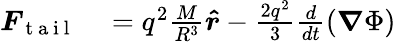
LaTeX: \begin{array}{rl}{\boldsymbol{F}_{\mathrm{~t~a~i~l~}}}&{{}=q^{2}\frac{M}{R^{3}}\boldsymbol{\hat{r}}-\frac{2q^{2}}{3}\frac{d}{dt}\left(\boldsymbol{\nabla}\Phi\right)}\end{array}